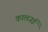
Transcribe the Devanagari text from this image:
कालजई